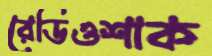
রেডিওশাক